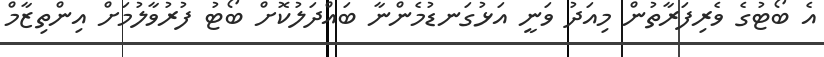
އެ ބޯޓުގެ ވެރިފަރާތުން މިއަދު ވަނީ އަޅުގަނޑުމެންނާ ބައްދަލުކޮށް ބޯޓު ފުރުވާލުމަށް އިންތިޒާމް